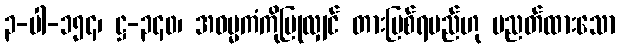
၃-ပါ-၁၅၄၊ ဋ္ဌ-၃၄၀၊ အဓမ္မကံကိုပြုလျှင် တားမြစ်ရမည်ဟု ပညတ်ထားသော